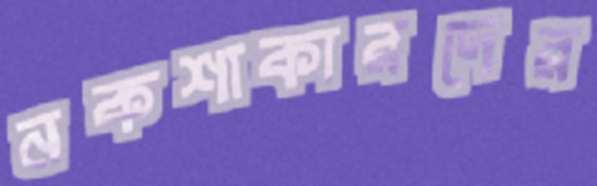
নকশাকারদের